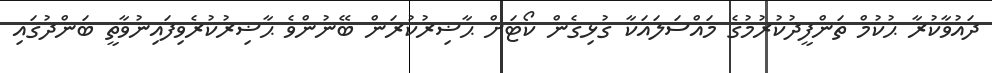
ދައުވާކުރާ ޙުކުމް ތަންފީޛުކުރުމުގެ މައްސަލައަކާ ގުޅިގެން ކޯޓަށް ޙާޟިރުކުރަން ބޭނުންވެ ޙާޟިރުކުރެވިފައިނުވާތީ ބަންދުގައި